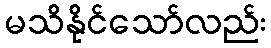
မသိနိုင်သော်လည်း